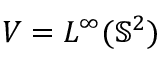
V = L ^ { \infty } ( \mathbb { S } ^ { 2 } )